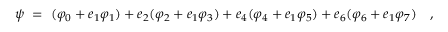
\psi ~ = ~ ( \varphi _ { 0 } + e _ { 1 } \varphi _ { 1 } ) + e _ { 2 } ( \varphi _ { 2 } + e _ { 1 } \varphi _ { 3 } ) + e _ { 4 } ( \varphi _ { 4 } + e _ { 1 } \varphi _ { 5 } ) + e _ { 6 } ( \varphi _ { 6 } + e _ { 1 } \varphi _ { 7 } ) \quad ,